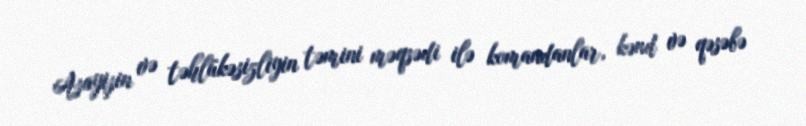
Asayişin və təhlükəsizliyin təmini məqsədi ilə komandanlar, kənd və qəsəbə